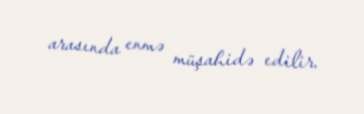
arasında enmə müşahidə edilir.